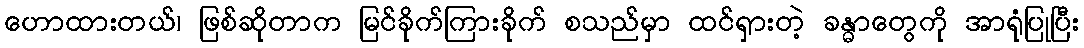
ဟောထားတယ်၊ ဖြစ်ဆိုတာက မြင်ခိုက်ကြားခိုက် စသည်မှာ ထင်ရှားတဲ့ ခန္ဓာတွေကို အာရုံပြုပြီး